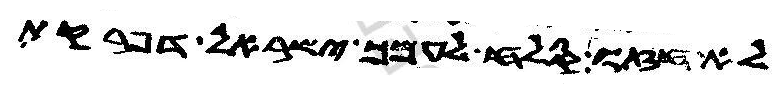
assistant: לא חזו סלח לעמך ישראל דפרקת